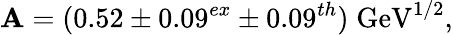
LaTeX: \mathbf{A}=(0.52\pm0.09^{ex}\pm0.09^{th})\; \mathrm{{GeV}}^{1/2},